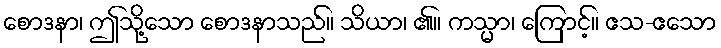
စောဒနာ၊ ဤသို့သော စောဒနာသည်။ သိယာ၊ ၏။ ကသ္မာ၊ ကြောင့်။ ဧသ-ဧသော